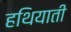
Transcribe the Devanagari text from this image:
हथियाती